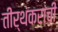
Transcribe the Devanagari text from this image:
तीर्थंकरांची